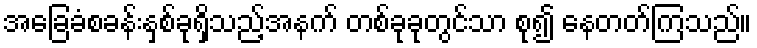
အခြေခံစခန်းနှစ်ခုရှိသည့်အနက် တစ်ခုခုတွင်သာ စု၍ နေတတ်ကြသည်။